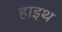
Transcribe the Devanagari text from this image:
हाइथ